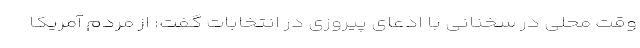
وقت محلی در سخنانی با ادعای پیروزی در انتخابات گفت: از مردم آمریکا